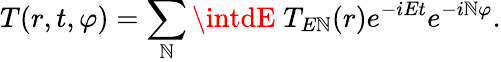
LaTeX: T(r,t,\varphi)=\sum_{\mathbb{N}}\intdE\; T_{E\mathbb{N}}(r)e^{-iEt}e^{-i\mathbb{N}\varphi}.